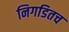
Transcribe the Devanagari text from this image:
निगडितच